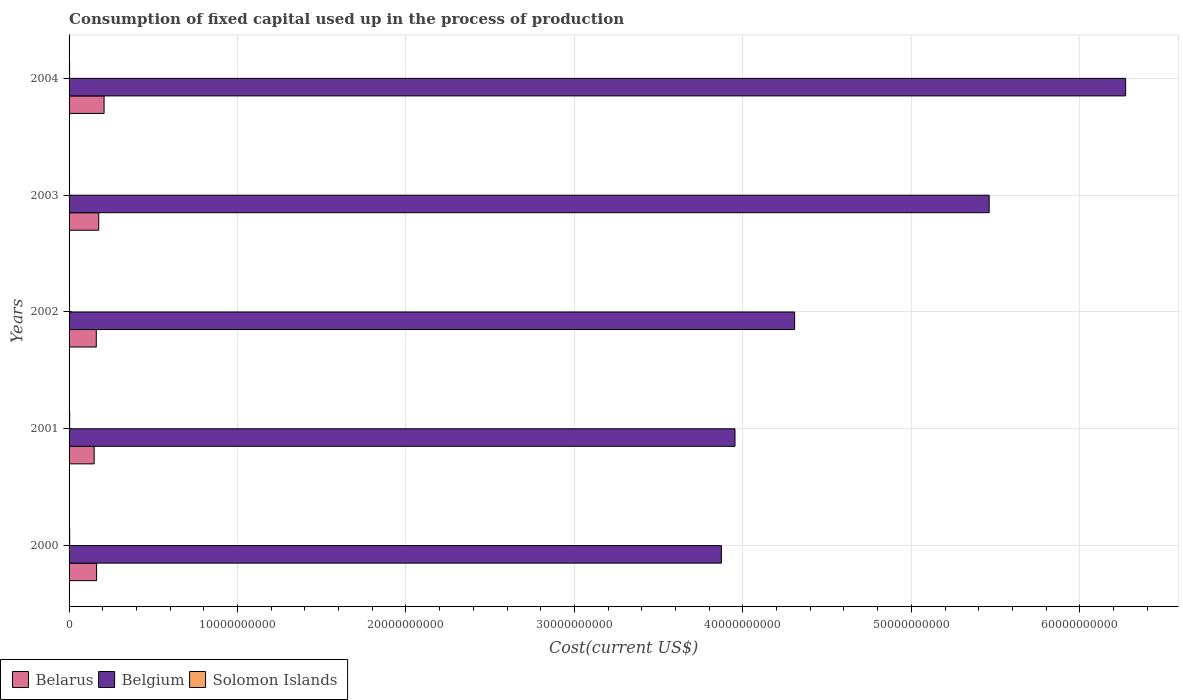
| Years | Belarus | Belgium | Solomon Islands |
 | --- | --- | --- | --- |
 | 2000 | 1.63e+09 | 3.87e+10 | 3.7e+07 |
 | 2001 | 1.49e+09 | 3.95e+10 | 3.53e+07 |
 | 2002 | 1.61e+09 | 4.31e+10 | 2.87e+07 |
 | 2003 | 1.76e+09 | 5.46e+10 | 2.71e+07 |
 | 2004 | 2.08e+09 | 6.27e+10 | 3.13e+07 |